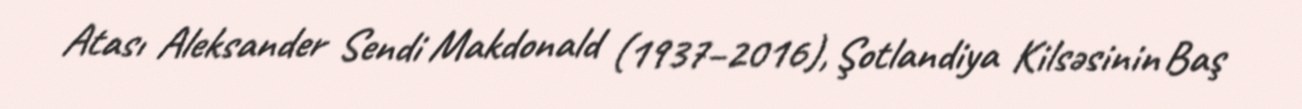
Atası Aleksander Sendi Makdonald (1937–2016), Şotlandiya Kilsəsinin Baş